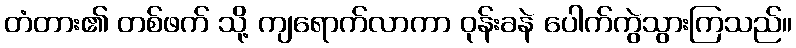
တံတား၏ တစ်ဖက် သို့ ကျရောက်လာကာ ဝုန်းခနဲ ပေါက်ကွဲသွားကြသည်။